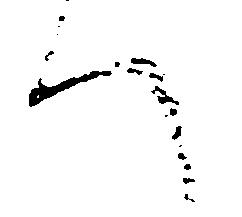
へ